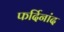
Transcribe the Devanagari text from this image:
फर्दिनांद